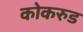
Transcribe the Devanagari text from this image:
कोकरुड